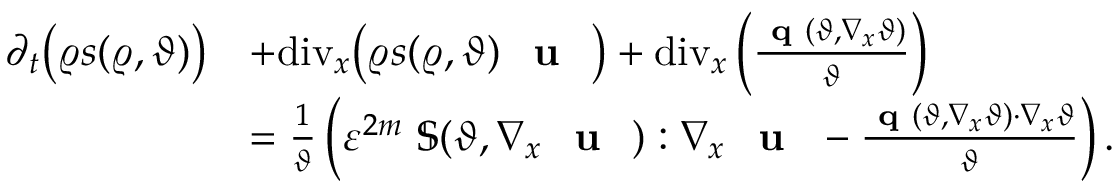
\begin{array} { r l } { \partial _ { t } \big ( \varrho s ( \varrho , \vartheta ) \big ) } & { + \mathrm { d i v } _ { x } \big ( \varrho s ( \varrho , \vartheta ) \textbf { \textup { u } } \big ) + \mathrm { d i v } _ { x } \left( \frac { \textbf { q } ( \vartheta , \nabla _ { x } \vartheta ) } { \vartheta } \right) } \\ & { = \frac { 1 } { \vartheta } \left( \varepsilon ^ { 2 m } \ \mathbb { S } ( \vartheta , \nabla _ { x } \textbf { \textup { u } } ) : \nabla _ { x } \textbf { \textup { u } } - \frac { \textbf { q } ( \vartheta , \nabla _ { x } \vartheta ) \cdot \nabla _ { x } \vartheta } { \vartheta } \right) . } \end{array}